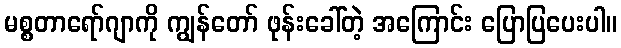
မစ္စတာရော်ဂျာကို ကျွန်တော် ဖုန်းခေါ်တဲ့ အကြောင်း ပြောပြပေးပါ။